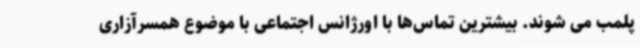
پلمب می شوند. بیشترین تماس‌ها با اورژانس اجتماعی با موضوع همسرآزاری